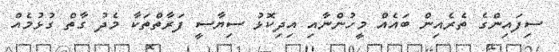
ސިފައިންގެ ތެރެއިން ބައެއް މީހުންނާއި އިދިކޮޅު ސިޔާސީ ފަރާތްތަކާ މެދު ގާތް ގުޅުމެއް